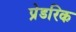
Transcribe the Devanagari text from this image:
प्रेडरिक